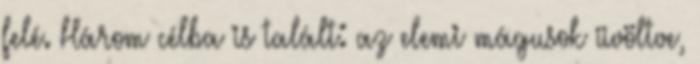
felé. Három célba is talált: az elemi mágusok üvöltve,